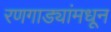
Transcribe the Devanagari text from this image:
रणगाड्यांमधून